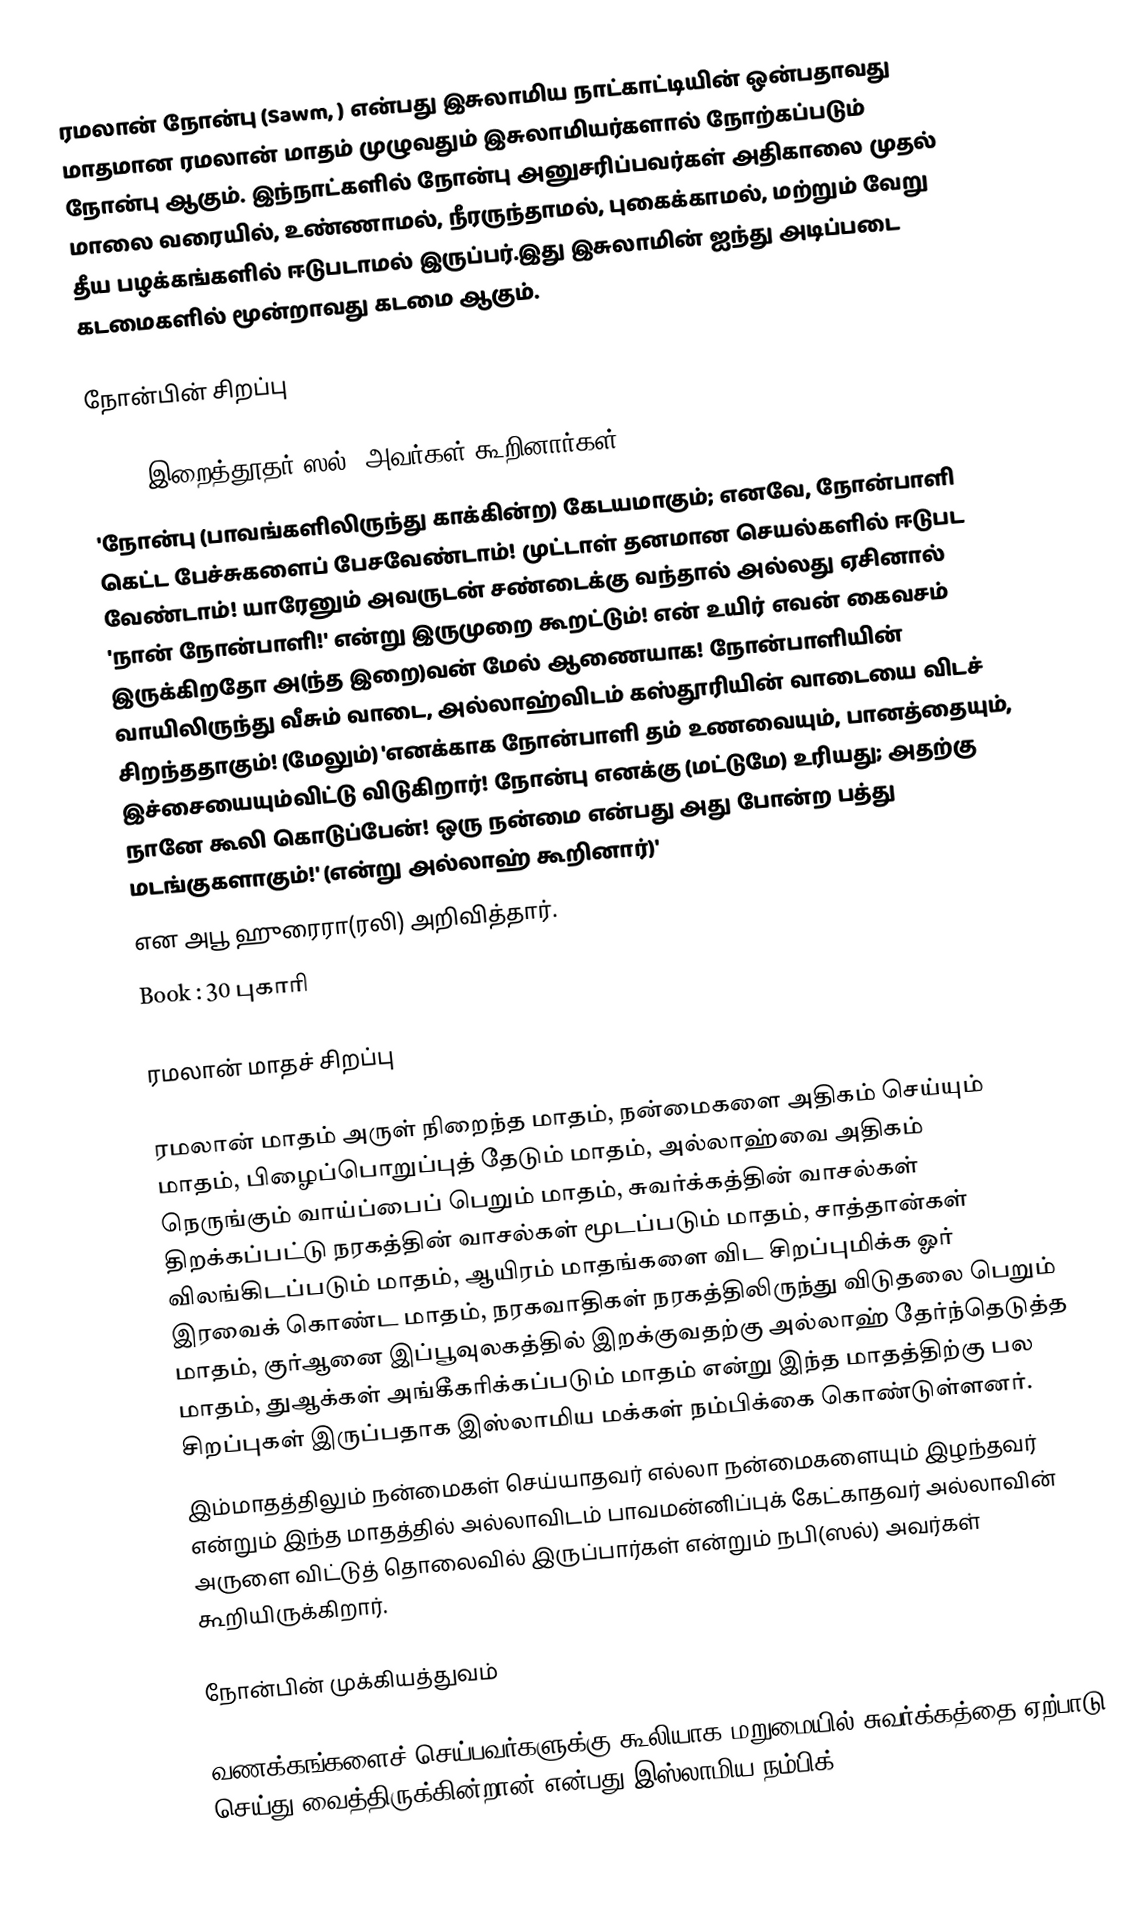
ரமலான் நோன்பு (Sawm, ) என்பது இசுலாமிய நாட்காட்டியின் ஒன்பதாவது மாதமான ரமலான் மாதம் முழுவதும் இசுலாமியர்களால் நோற்கப்படும் நோன்பு ஆகும். இந்நாட்களில் நோன்பு அனுசரிப்பவர்கள் அதிகாலை முதல் மாலை வரையில், உண்ணாமல், நீரருந்தாமல், புகைக்காமல், மற்றும் வேறு தீய பழக்கங்களில் ஈடுபடாமல் இருப்பர்.இது இசுலாமின் ஐந்து அடிப்படை கடமைகளில் மூன்றாவது கடமை ஆகும்.

நோன்பின் சிறப்பு

1894. இறைத்தூதர்(ஸல்) அவர்கள் கூறினார்கள்:
'நோன்பு (பாவங்களிலிருந்து காக்கின்ற) கேடயமாகும்; எனவே, நோன்பாளி கெட்ட பேச்சுகளைப் பேசவேண்டாம்! முட்டாள் தனமான செயல்களில் ஈடுபட வேண்டாம்! யாரேனும் அவருடன் சண்டைக்கு வந்தால் அல்லது ஏசினால் 'நான் நோன்பாளி!' என்று இருமுறை கூறட்டும்! என் உயிர் எவன் கைவசம் இருக்கிறதோ அ(ந்த இறை)வன் மேல் ஆணையாக! நோன்பாளியின் வாயிலிருந்து வீசும் வாடை, அல்லாஹ்விடம் கஸ்தூரியின் வாடையை விடச் சிறந்ததாகும்! (மேலும்) 'எனக்காக நோன்பாளி தம் உணவையும், பானத்தையும், இச்சையையும்விட்டு விடுகிறார்! நோன்பு எனக்கு (மட்டுமே) உரியது; அதற்கு நானே கூலி கொடுப்பேன்! ஒரு நன்மை என்பது அது போன்ற பத்து மடங்குகளாகும்!' (என்று அல்லாஹ் கூறினார்)'
என அபூ ஹுரைரா(ரலி) அறிவித்தார்.
Book : 30 புகாரி

ரமலான் மாதச் சிறப்பு

 ரமலான் மாதம் அருள் நிறைந்த மாதம், நன்மைகளை அதிகம் செய்யும் மாதம், பிழைப்பொறுப்புத் தேடும் மாதம், அல்லாஹ்வை அதிகம் நெருங்கும் வாய்ப்பைப் பெறும் மாதம், சுவர்க்கத்தின் வாசல்கள் திறக்கப்பட்டு நரகத்தின் வாசல்கள் மூடப்படும் மாதம், சாத்தான்கள் விலங்கிடப்படும் மாதம், ஆயிரம் மாதங்களை விட சிறப்புமிக்க ஓர் இரவைக் கொண்ட மாதம், நரகவாதிகள் நரகத்திலிருந்து விடுதலை பெறும் மாதம், குர்ஆனை இப்பூவுலகத்தில் இறக்குவதற்கு அல்லாஹ் தேர்ந்தெடுத்த மாதம், துஆக்கள் அங்கீகரிக்கப்படும் மாதம் என்று இந்த மாதத்திற்கு பல சிறப்புகள் இருப்பதாக இஸ்லாமிய மக்கள் நம்பிக்கை கொண்டுள்ளனர்.
 இம்மாதத்திலும் நன்மைகள் செய்யாதவர் எல்லா நன்மைகளையும் இழந்தவர் என்றும் இந்த மாதத்தில் அல்லாவிடம் பாவமன்னிப்புக் கேட்காதவர் அல்லாவின் அருளை விட்டுத் தொலைவில் இருப்பார்கள் என்றும் நபி(ஸல்) அவர்கள் கூறியிருக்கிறார்.

நோன்பின் முக்கியத்துவம்

 வணக்கங்களைச் செய்பவர்களுக்கு கூலியாக மறுமையில் சுவர்க்கத்தை ஏற்பாடு செய்து வைத்திருக்கின்றான் என்பது இஸ்லாமிய நம்பிக்